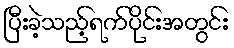
ပြီးခဲ့သည့်ရက်ပိုင်းအတွင်း